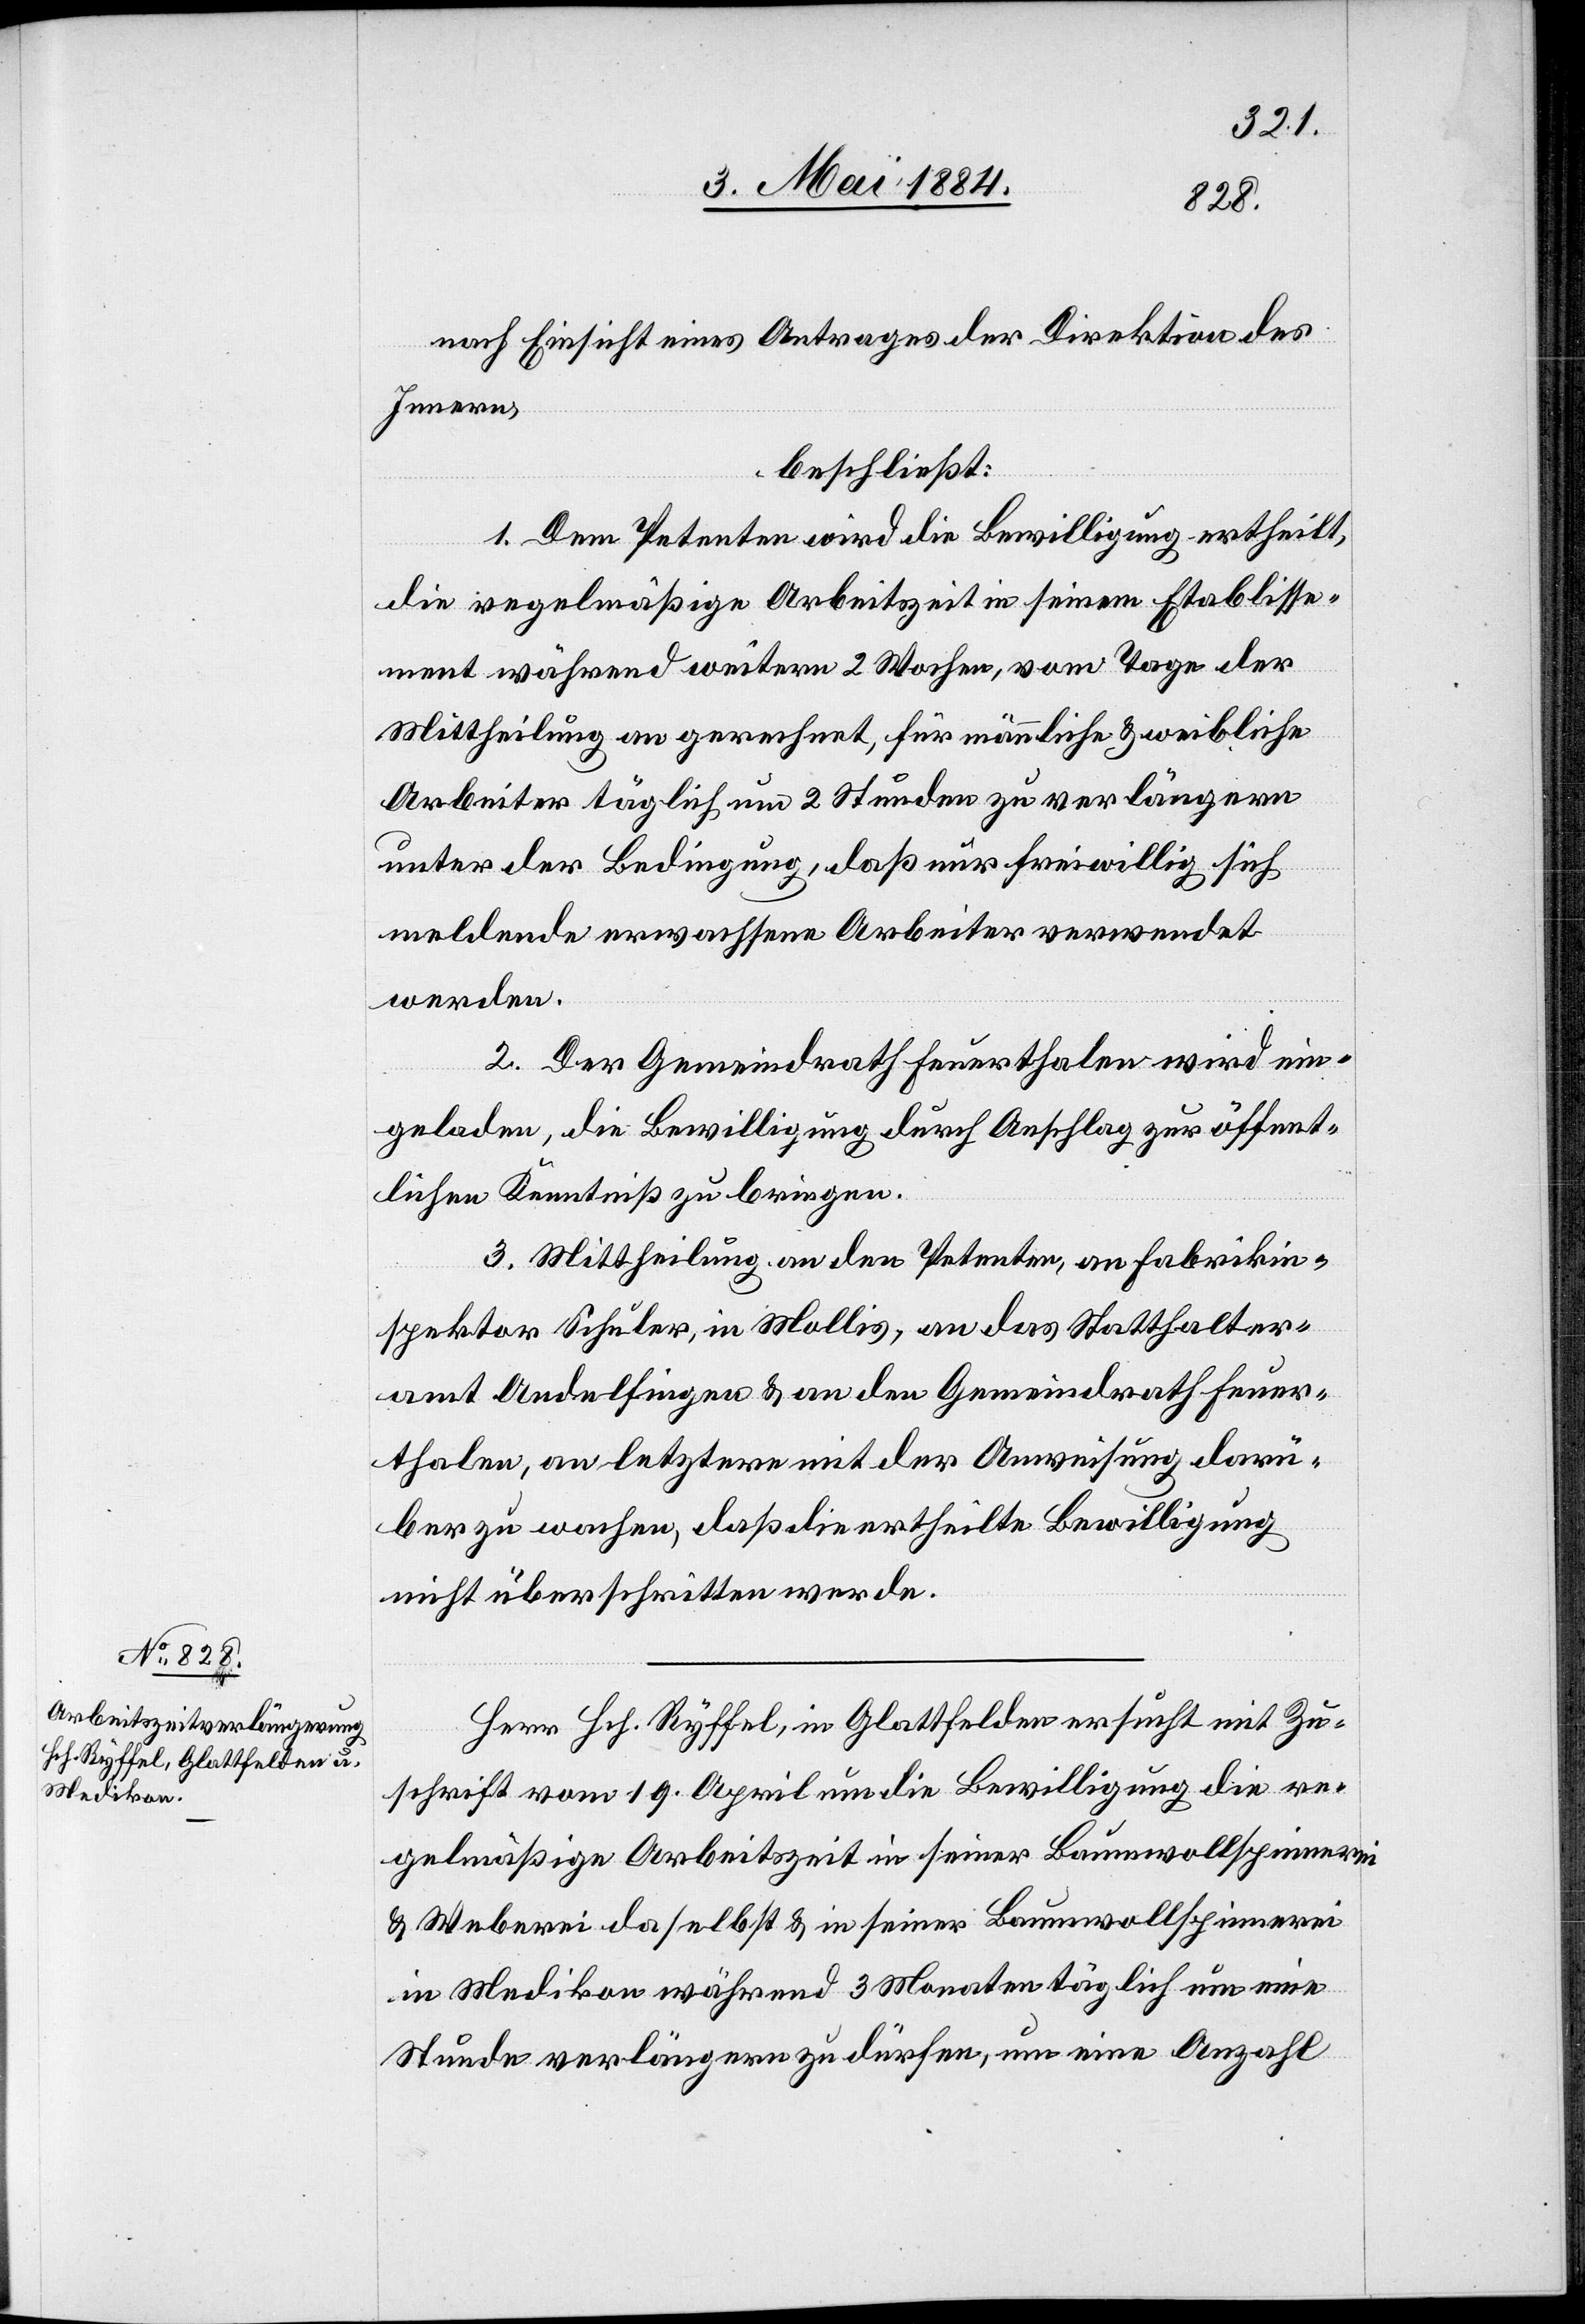
nach Einsicht eines Antrages der Direktion des
Innern,
beschließt:
1. Dem Petenten wird die Bewilligung ertheilt,
die regelmäßige Arbeitszeit in seinem Etablisse¬
ment während weitern 2 Wochen, vom Tage der
Mittheilung an gerechnet, für männliche & weibliche
Arbeiter täglich um 2 Stunden zu verlängern
unter der Bedingung, daß nur freiwillig sich
meldende erwachsenen Arbeiter verwendet
werden.
2. Der Gemeindrath Feuerthalen wird ein¬
geladen, die Bewilligung durch Anschlag zur öffent¬
lichen Kenntniß zu bringen.
3. Mittheilung an den Petenten, an Fabrikin¬
spektor Schuler, in Mollis, an das Statthalter¬
amt Andelfingen & an den Gemeindrath Feuer¬
thalen, an letztern mit der Anweisung darü¬
ber zu wachen, daß die ertheilte Bewilligung
nicht überschritten werde.
Herr Hch. Ryffel, in Glattfelden ersucht mit Zu¬
schrift vom 19. April um die Bewilligung die re¬
gelmäßige Arbeitszeit in seiner Baumwollspinnerei
& Weberei daselbst & in seiner Baumwollspinnerei
in Medikon während 3 Monaten täglich um eine
Stunde verlängern zu dürfen, um eine Anzahl